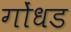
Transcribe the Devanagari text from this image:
गोंधड